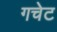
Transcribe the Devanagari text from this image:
गचेट